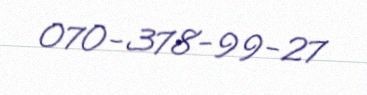
070-378-99-27